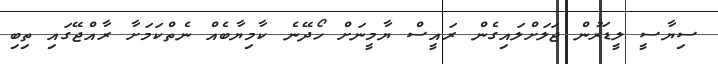
ސިޔާސީ ލީޑަރުން ޖަލަށްލައިގެން ރައީސް ޔާމީނަށް ހޯދޭނެ ކާމިޔާބެއް ނެތްކަމަށާ ރާއްޖޭގައި ތިބި